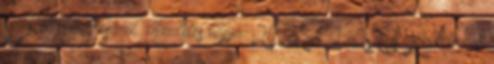
Díj alkalmazásáról. Kihirdetés napja: 2013. 01. 22. A Hirdetmény